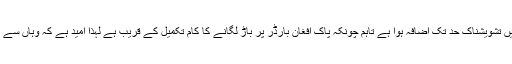
اس بات کو بھی نظر انداز نہیں کیا جا سکتا کہ افغانستان میں پوست کی کاشت میں تشویشناک حد تک اضافہ ہوا ہے تاہم چونکہ پاک افغان بارڈر پر باڑ لگانے کا کام تکمیل کے قریب ہے لہٰذا امید ہے کہ وہاں سے یا کسی بھی دوسرے مقام سے منشیات کی لعنت وطن عزیز میں نہیں آسکے گی۔